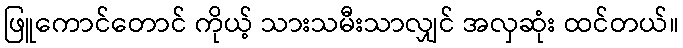
ဖြူကောင်တောင် ကိုယ့် သားသမီးသာလျှင် အလှဆုံး ထင်တယ်။